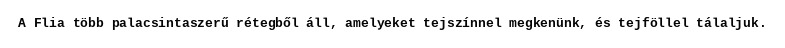
A Flia több palacsintaszerű rétegből áll, amelyeket tejszínnel megkenünk, és tejföllel tálaljuk.